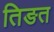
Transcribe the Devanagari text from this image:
तिङत